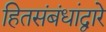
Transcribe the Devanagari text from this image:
हितसंबंधांद्वारे